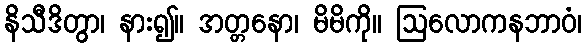
နိသီဒိတွာ၊ နား၍။ အတ္တနော၊ မိမိကို။ ဩလောကနဘာဝံ၊